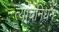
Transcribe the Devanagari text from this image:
त्यांचेनिधन